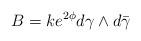
LaTeX: \begin{align*}B=ke^{2\phi }d\gamma \wedge d\bar \gamma \end{align*}